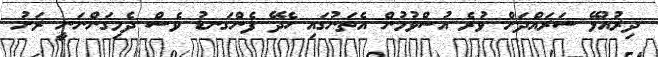
ދިރުއުޅޭ ސަރައްދަށް ވުރެ އުސްވުމުން އެތަނުގައި ހެދޭ ފެންގަނޑު ވެސް ދެމިގަންނަނީ ރަށު